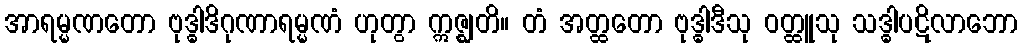
အာရမ္မဏတော ဗုဒ္ဓါဒိဂုဏာရမ္မဏံ ဟုတွာ ဣဇ္ဈတိ။ တံ အတ္ထတော ဗုဒ္ဓါဒီသု ဝတ္ထူသု သဒ္ဓါပဋိလာဘော